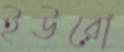
ইউরো